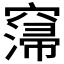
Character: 𥧲